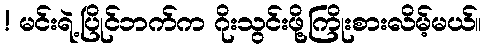
! မင်းရဲ့ပြိုင်ဘက်က ဂိုးသွင်းဖို့ကြိုးစားလိမ့်မယ်။